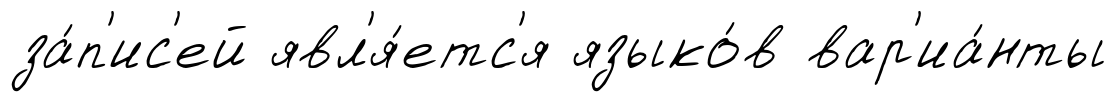
за́п'ис'ей явл'я́етс'я языко́в вар'иа́нты